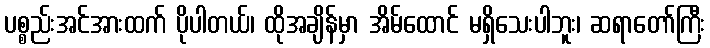
ပစ္စည်းအင်အားထက် ပိုပါတယ်၊ ထိုအချိန်မှာ အိမ်ထောင် မရှိသေးပါဘူး၊ ဆရာတော်ကြီး